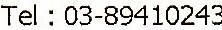
TEL : 03-89410243